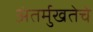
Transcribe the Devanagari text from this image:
अंतर्मुखतेचे